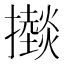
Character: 𢸱